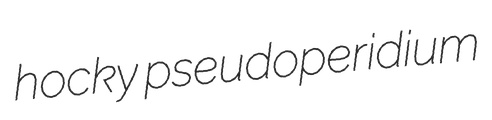
hocky pseudoperidium